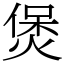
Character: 煲